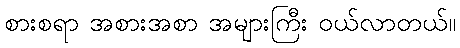
စားစရာ အစားအစာ အများကြီး ဝယ်လာတယ်။